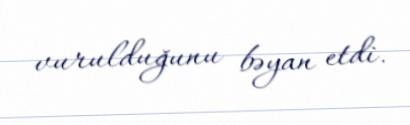
vurulduğunu bəyan etdi.